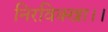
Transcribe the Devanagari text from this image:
निरविक्खा।।